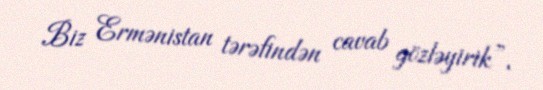
Biz Ermənistan tərəfindən cavab gözləyirik”.